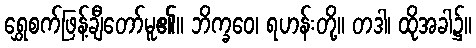
ရွှေစက်ဖြန့်ချီတော်မူ၏။ ဘိက္ခဝေ၊ ရဟန်းတို့။ တဒါ၊ ထိုအခါ၌။